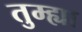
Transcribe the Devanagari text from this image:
तुम्ह्या